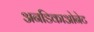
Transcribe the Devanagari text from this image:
अनडिकाओनेट